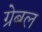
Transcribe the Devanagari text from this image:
ग्रेबल